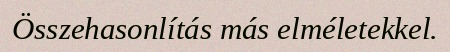
Összehasonlítás más elméletekkel.